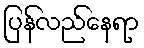
ပြန်လည်နေရာ